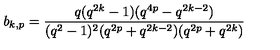
b _ { k , p } = \frac { q ( q ^ { 2 k } - 1 ) ( q ^ { 4 p } - q ^ { 2 k - 2 } ) } { ( q ^ { 2 } - 1 ) ^ { 2 } ( q ^ { 2 p } + q ^ { 2 k - 2 } ) ( q ^ { 2 p } + q ^ { 2 k } ) }